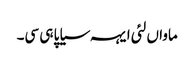
ماواں لئی ایہہ سیاپا ہی سی۔